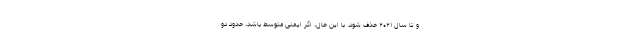
و تا سال ۲۰۲۱ حذف شود. با این حال، اگر ایمنی متوسط ‌باشد، حدود دو